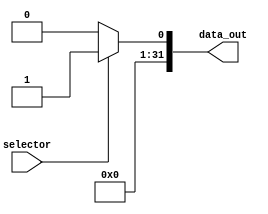
module mux_INTCause(

    input wire selector,
    output wire [31:0] data_out
);

    assign data_out = (selector) ? 32'b00000000000000000000000000000001 : 32'b00000000000000000000000000000000; 
    
endmodule